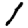
Digit: 1